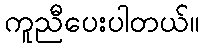
ကူညီပေးပါတယ်။